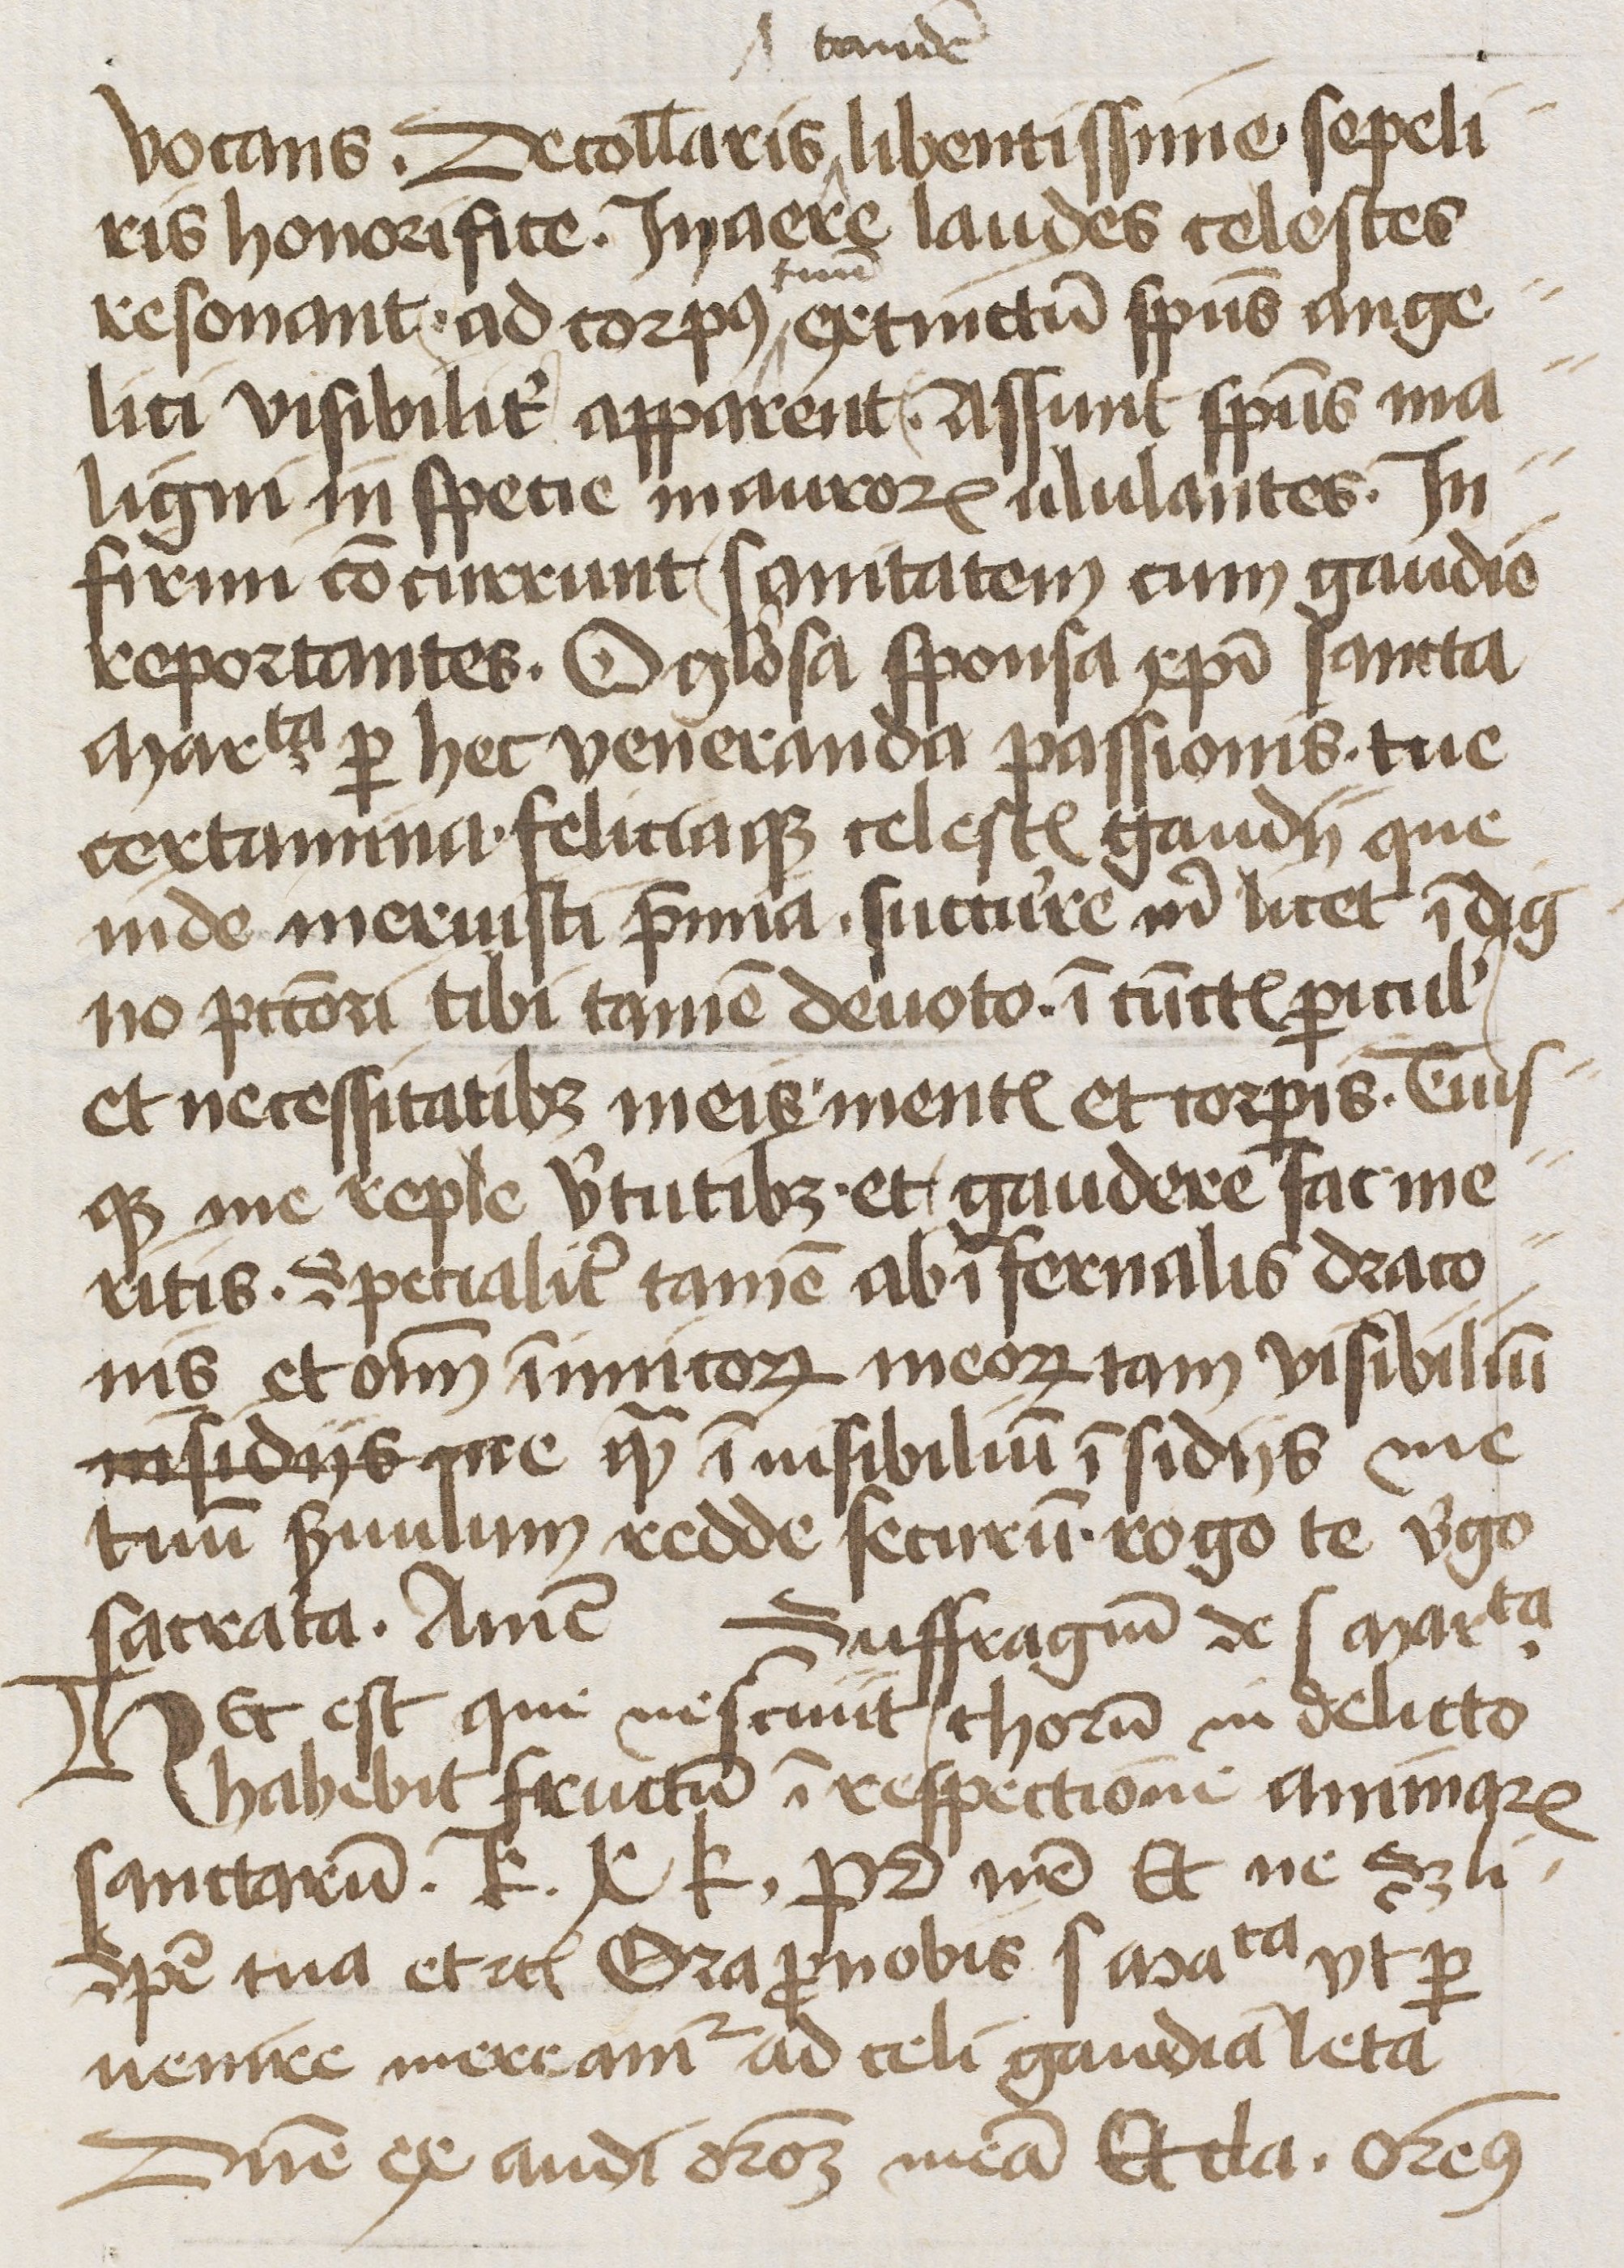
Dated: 1400–1449